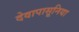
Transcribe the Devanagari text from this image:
देवापासूनिया